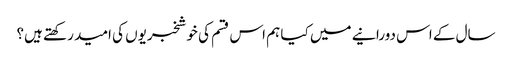
سال کے اس دورانیے میں کیا ہم اس قسم کی خوشخبریوں کی امید رکھتے ہیں؟